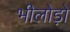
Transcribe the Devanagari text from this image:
भीलोड़ो